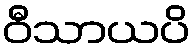
ဝီသာယပိ